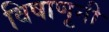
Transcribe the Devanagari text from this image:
विषाणूनी